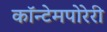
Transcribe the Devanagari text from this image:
कॉन्टेमपोरेरी